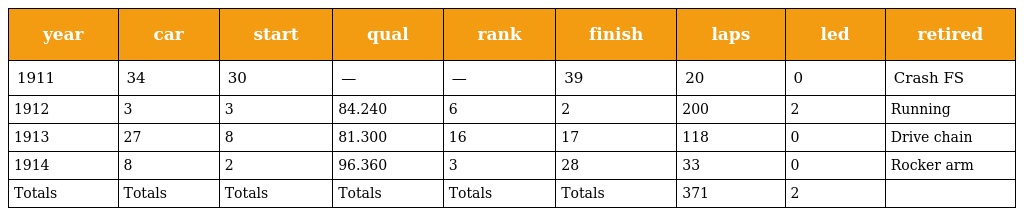
| year | car | start | qual | rank | finish | laps | led | retired |
 | --- | --- | --- | --- | --- | --- | --- | --- | --- |
 | 1911 | 34 | 30 | — | — | 39 | 20 | 0 | Crash FS |
 | 1912 | 3 | 3 | 84.240 | 6 | 2 | 200 | 2 | Running |
 | 1913 | 27 | 8 | 81.300 | 16 | 17 | 118 | 0 | Drive chain |
 | 1914 | 8 | 2 | 96.360 | 3 | 28 | 33 | 0 | Rocker arm |
 | Totals | Totals | Totals | Totals | Totals | Totals | 371 | 2 |  |